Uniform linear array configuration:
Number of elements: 4
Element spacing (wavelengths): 1
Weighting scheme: blackman
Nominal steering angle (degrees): -60
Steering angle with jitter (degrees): -59.947
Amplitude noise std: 0.05
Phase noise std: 0.05

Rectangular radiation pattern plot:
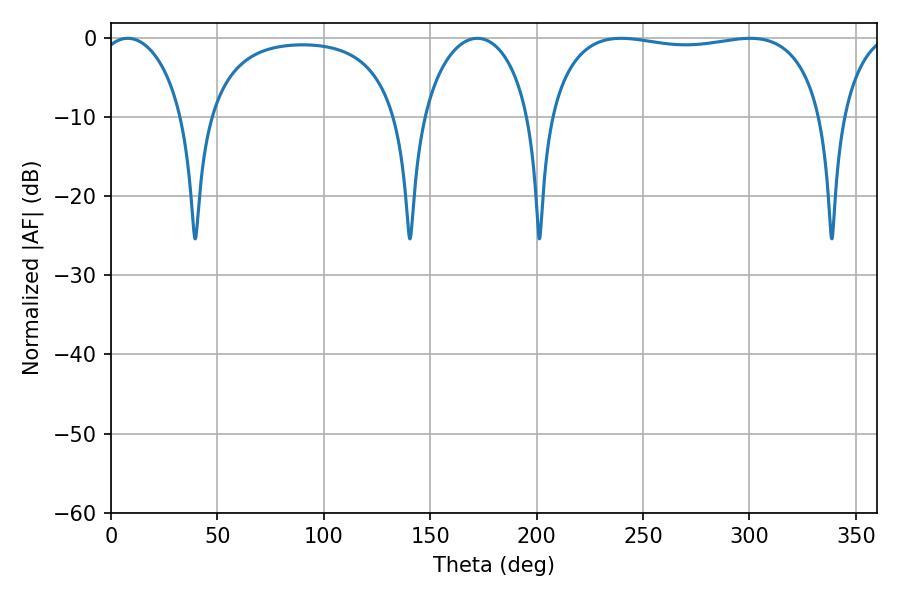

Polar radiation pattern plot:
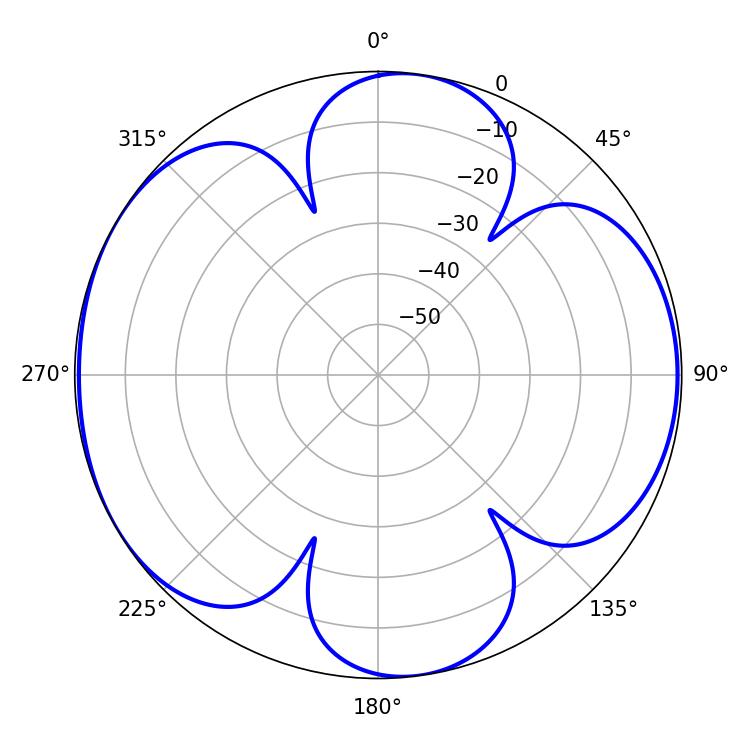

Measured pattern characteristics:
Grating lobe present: TRUE
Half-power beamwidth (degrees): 104.4
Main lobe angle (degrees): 239.76